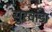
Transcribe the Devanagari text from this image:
सुरवाडा